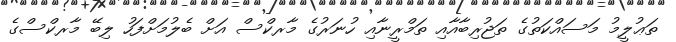
ތަޢުލީމު މަސައްކަތުގެ ތަޖުރިބާއާއި ތަމްރީނާއި ހުނަރުގެ މާރކްސް އަށް ބެލުމަށްފަހު ލިބޭ މާރކްސްގެ